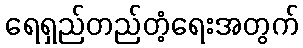
ရေရှည်တည်တံ့ရေးအတွက်